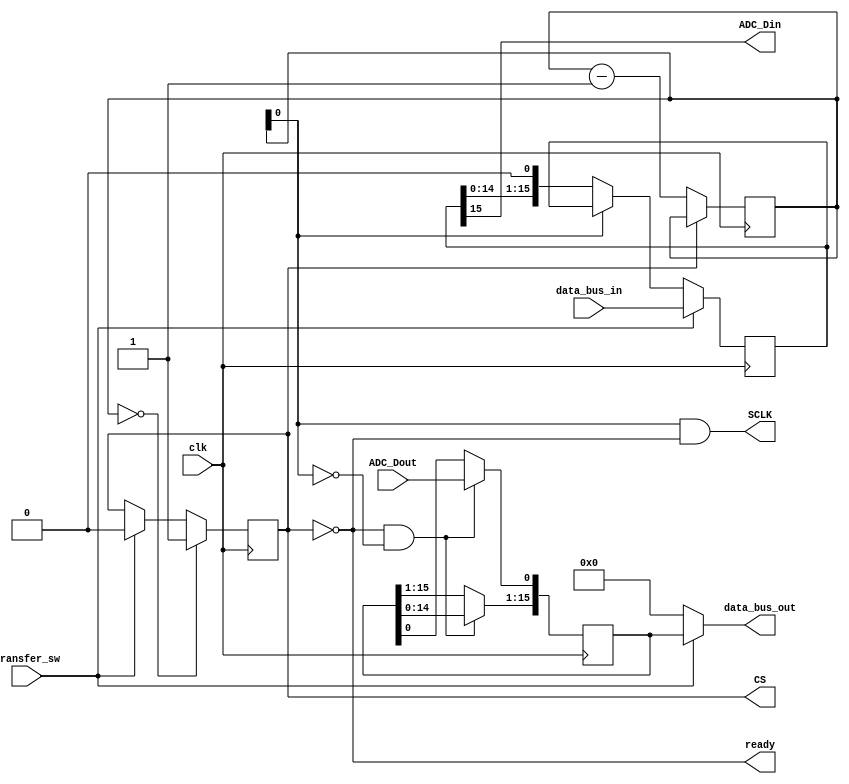
module adc_interface(clk,
							SCLK, 
							data_bus_in, 
							transfer_sw,
							CS,
							ADC_Din, 
							data_bus_out, 
							ADC_Dout, 
							ready);

input clk;
input transfer_sw;
output reg CS = 1'b1;
reg [4:0] counter = 5'b11111;

//Master to ADC transfer + counter logics
input [15:0] data_bus_in;

reg [15:0] data_bus_in_reg = 0;

output ADC_Din;
assign ADC_Din = data_bus_in_reg[15];

output SCLK;
assign SCLK = counter[0]&&~CS;

output ready;
assign ready = ~CS;

always@(posedge clk)
begin
	if (counter[0] == 0)
	data_bus_in_reg <= data_bus_in_reg << 1;
	
	if(transfer_sw)
		begin
		CS <= 1'b0;
		data_bus_in_reg <= data_bus_in;
		end
	
	if (~CS)
		counter <= counter-1;
	if (counter == 5'b00000)
		CS <= 1'b1;
end


// ADC => Master transfer logics
output [15:0] data_bus_out;
reg [15:0] data_bus_out_reg;
input ADC_Dout;

assign data_bus_out = transfer_sw?data_bus_out_reg:0;

always@(posedge clk)
begin
	if (~CS && counter[0] == 0) 
	begin
		data_bus_out_reg <= data_bus_out_reg << 1;
		data_bus_out_reg[0] <= ADC_Dout;
	end
end

endmodule